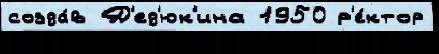
созда́в Д'ед'юк'ина 1950 р'е́ктор